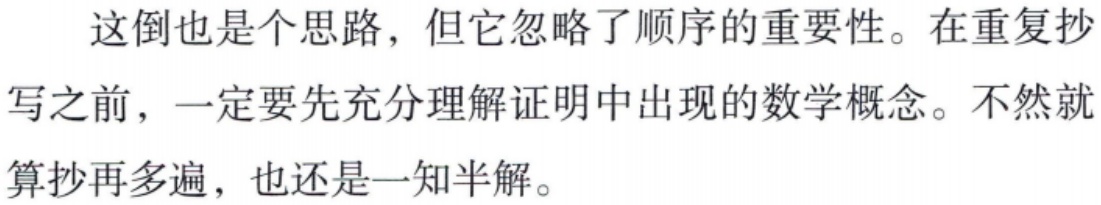
这倒也是个思路，但它忽略了顺序的重要性。在重复抄写之前，一定要先充分理解证明中出现的数学概念。不然就算抄再多遍，也还是一知半解。